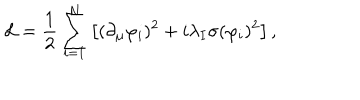
LaTeX: \mathcal { L } = { \frac { 1 } { 2 } } \sum _ { i = 1 } ^ { N } \left[ ( \partial _ { \mu } \varphi _ { i } ) ^ { 2 } + i \lambda _ { I } \sigma ( \varphi _ { i } ) ^ { 2 } \right] ,